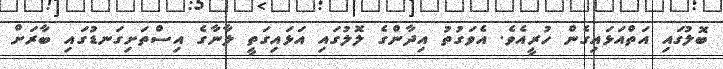
ބޮލުގައި އަތްއަޅައިގެން ހުރީއެވެ. އެވަގުތު އިދާންގެ ލޮލުގައި އަޅައިގަތީ ލާނާގެ އިސްތަށިގަނޑުގައި ބާރަށް